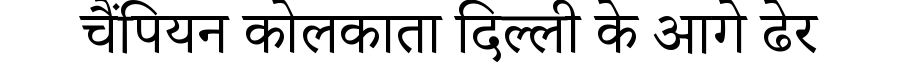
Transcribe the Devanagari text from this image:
चैंपियन कोलकाता दिल्ली के आगे ढेर